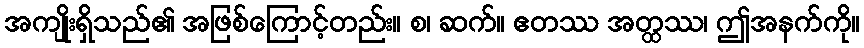
အကျိုးရှိသည်၏ အဖြစ်ကြောင့်တည်း။ စ၊ ဆက်။ ဧတဿ အတ္ထဿ၊ ဤအနက်ကို။